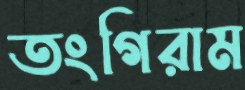
তংগিরাম